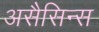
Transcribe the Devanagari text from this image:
असैसिन्स